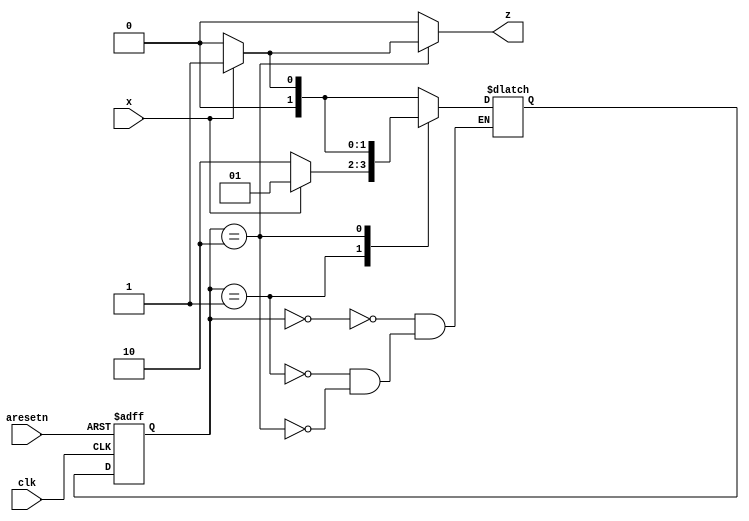
module top_module (
    input clk,
    input aresetn,    // Asynchronous active-low reset
    input x,
    output z ); 
    
    parameter A=0, B=1, C=2;
    reg [1:0] state, next;
    
    always @ (*) begin
        z = 0;
        case (state)
            A: next = x ? B : A;
            B: next = x ? B : C;
            C: begin
                if (x) begin
                    next = B;
                    z = 1;
                end
                else next = A;
            end
        endcase
    end
    
    always @ (posedge clk or negedge aresetn) begin
        if (!aresetn) state <= A;
        else state <= next;
    end

endmodule